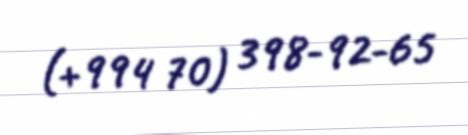
(+994 70) 398-92-65